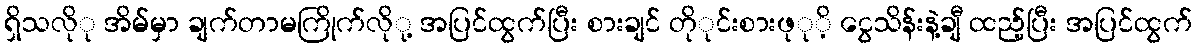
ရှိသလိုု အိမ်မှာ ချက်တာမကြိုက်လိုု့ အပြင်ထွက်ပြီး စားချင် တိုုင်းစားဖုုိ့ ငွေသိန်းနဲ့ချီ ထည့်ပြီး အပြင်ထွက်